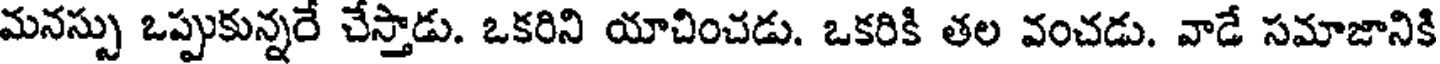
మనస్సు ఒప్పుకున్నరే చేస్తాడు. ఒకరిని యాచించడు. ఒకరికి తల వంచడు. వాడే సమాజానికి